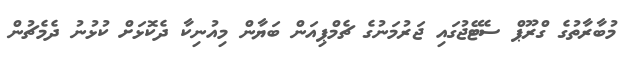
މުބާރާތުގެ ގްރޫޕް ސެޓޭޖުގައި ޖަރުމަނުގެ ޗެމްޕިއަން ބަޔާން މިއުނިކާ ދެކޮޅަށް ކުޅުނު ދެމެޗުން